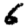
Digit: 6